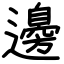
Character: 邊